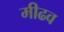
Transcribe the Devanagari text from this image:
मीढव